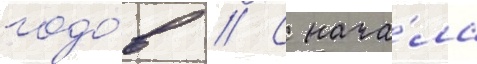
годо́в // С нача́ла